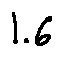
1 . 6